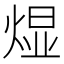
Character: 𬊭